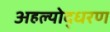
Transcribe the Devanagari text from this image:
अहल्योद्धरण